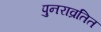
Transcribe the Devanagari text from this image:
पुनराव्रतित